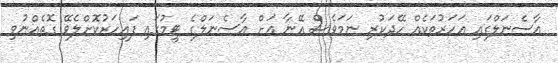
އާސެނަލްގައި އަހަރުތަކެއް ހޭދަކުރި ނަމަވެސް އޭނާ އަށް އާސެނަލްގެ ޓީމުގައި ފައިހަރުކޮށްލެވޭ ގޮތެއްނުވި